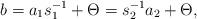
LaTeX: \begin{align*}b=a_1s_1^{-1}+\Theta=s_2^{-1}a_2+\Theta,\end{align*}